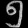
Digit: ၅